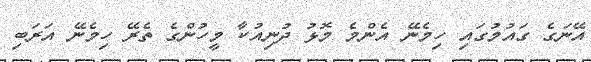
އޭނަގެ ގައުމުގައި ހިމެނޭ އެންމެ މޮޅު ދުނިއުކާ މީހުންގެ ތެރޭ ހިމެނޭ އަރަބި